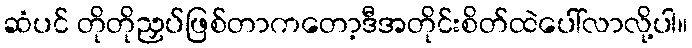
ဆံပင် တိုတိုညှပ်ဖြစ်တာကတော့ဒီအတိုင်းစိတ်ထဲပေါ်လာလို့ပါ။